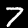
Digit: 7